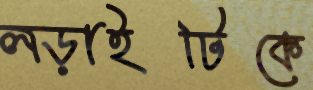
লড়াইটিকে